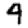
Digit: 4